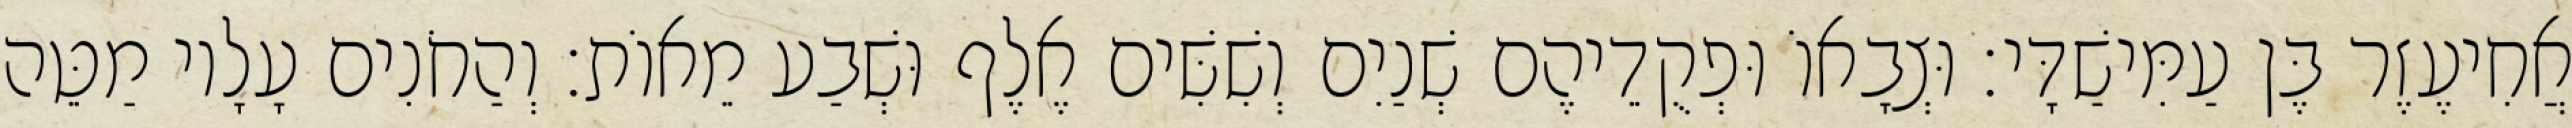
אֲחִיעֶזֶר בֶּן עַמִּישַׁדָּי׃ וּצְבָאוֹ וּפְקֻדֵיהֶם שְׁנַיִם וְשִׁשִּׁים אֶלֶף וּשְׁבַע מֵאוֹת׃ וְהַחֹנִים עָלָיו מַטֵּה